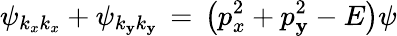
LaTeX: \psi_{k_{x}k_{x}}+\psi_{k_{\mathbf{y}}k_{\mathbf{y}}}\, =\, \left(p_{x}^{2}+p_{\mathbf{y}}^{2}-E\right)\psi